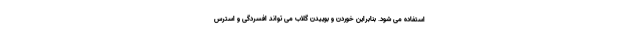
استفاده می شود. بنابراین خوردن و بوییدن گلاب می تواند افسردگی و استرس